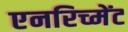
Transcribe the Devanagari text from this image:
एनरिच्मेंट